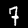
Digit: 7